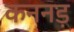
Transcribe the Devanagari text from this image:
कननड़